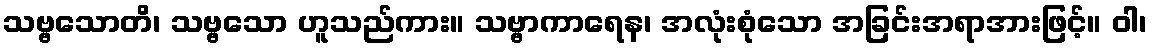
သဗ္ဗသောတိ၊ သဗ္ဗသော ဟူသည်ကား။ သဗ္ဗာကာရေန၊ အလုံးစုံသော အခြင်းအရာအားဖြင့်။ ဝါ၊